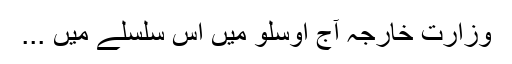
وزارت خارجہ آج اوسلو میں اس سلسلے میں ...